system: You are a helpful assistant.
user:
Analyze the provided spectrum to determine if it is a **S-type Star**.

- **Key Indicators for S-type Star:**

    - **(Overall Spectrum Shape):** The first and most obvious characteristic is the overall continuum (the "baseline" shape). It is **extremely "red-sloping,"** meaning the flux (light intensity) is very low on the left side (blue, ~4000-4500 Å) and rises steeply and continuously toward the right side (red, ~7000 Å+).

    - **(Primary):** The spectrum is defined by the presence of strong, broad molecular absorption "valleys" (bands) from **Zirconium Oxide (ZrO)**. The identification of these bands is the **primary requirement** for classifying a star as S-type.
        - **(Key Bandheads):** You must find distinct, deep "dips" where the light has been absorbed. The most critical band systems to locate are:
            - **~6474 Å** ($\gamma$-system): This is often the strongest and clearest ZrO feature, found in the red part of the spectrum.
            - **~5718 Å** & **~5551 Å** ($\beta$-system): A pair of prominent absorption features in the yellow-orange part of the spectrum.
            - **~4640 Å** ($\alpha$-system): A key absorption band system in the blue-green region of the spectrum.

    - **(Secondary Confirmation):** The classification is strengthened by finding additional absorption bands from other related heavy element oxides, which are expected to be present alongside ZrO.
        - **(Key Bandheads):**
            - **Yttrium Oxide (YO):** Look for absorption dips near **~4800 Å** and **~6100 Å**.
            - **Lanthanum Oxide (LaO):** Additional absorption features, particularly in the red-orange part of the spectrum, are also characteristic.

    - **(Line Profile):** The combination of the steep red continuum and these numerous, deep molecular bands (ZrO, YO, etc.) gives the entire spectrum a very **"chopped-up"** or **"bumpy"** appearance. Instead of a smooth curve, the spectrum looks as though large, wide chunks of light have been "carved out" of it at the specific wavelengths listed above.

Think first, call **spectral_visualization_tool** if needed to examine features in detail, then provide your final answer. Your response must adhere to the following strict rules:
1.  **Overall Structure:** Your response must follow the format `<think>...</think> <tool_call>...</tool_call> (if a tool is used) <answer>...</answer>`.
2.  **Tool Usage Constraint:** You may only make **one** tool call per turn.
3.  **Final Answer Format:** In the `<answer>` tag, your conclusion must be inside a `\boxed{}` command (e.g., `\boxed{YES}` or `\boxed{NO}`), followed by your justification.

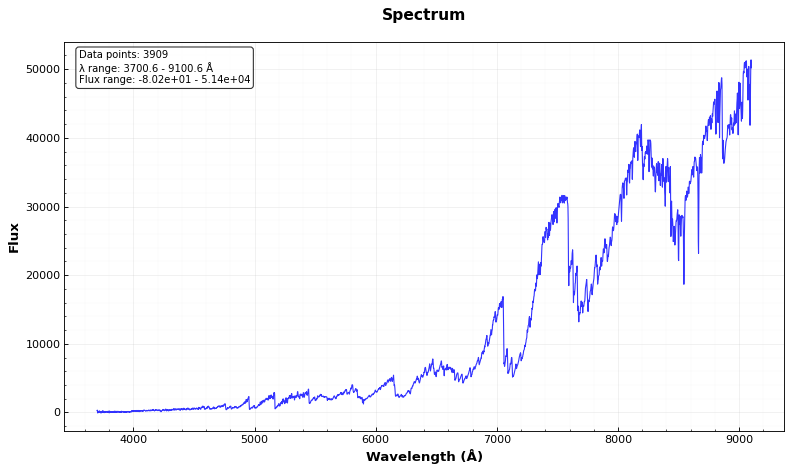
Answer: YES